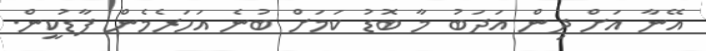
އޭނާ އަށް ދިން އަދަބު މާ ބޮޑު ކަމަށް ބުނެ އަހަރެމެން ފާޑުކީން.